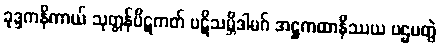
ခုဒ္ဒကနိကာယ် သုတ္တန်ပိဋကတ် ပဋိသမ္ဘိဒါမဂ် အဋ္ဌကထာနိဿယ ပဌမတွဲ